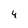
Character: 4